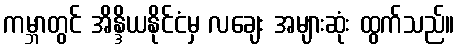
ကမ္ဘာတွင် အိန္ဒိယနိုင်ငံမှ လချေး အများဆုံး ထွက်သည်။